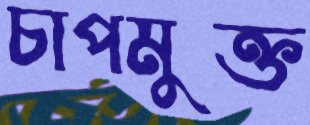
চাপমুক্ত